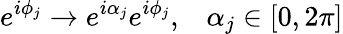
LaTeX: e^{i\phi_{j}}\to e^{i\alpha_{j}}e^{i\phi_{j}},\; \; \; \alpha_{j}\in[0,2\pi]